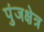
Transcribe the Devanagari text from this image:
पुंजक्षेत्र